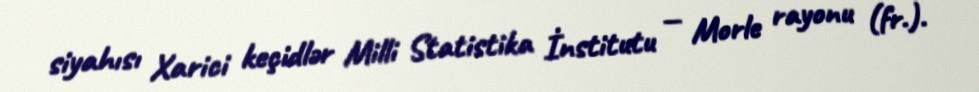
siyahısı Xarici keçidlər Milli Statistika İnstitutu — Morle rayonu (fr.).